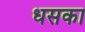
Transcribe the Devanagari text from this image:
धसका